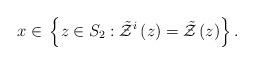
LaTeX: \begin{align*}x\in\,\left\{ z\in S_{2}:\tilde{\mathcal{Z}}^{i}\left(z\right)=\tilde{\mathcal{Z}}\left(z\right)\right\} .\end{align*}